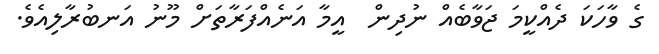
ގެ ވާހަކަ ދެއްކީމަ ޖަވާބެއް ނުދިން  އީމާ އަނެއްފަރާތަށް މޫނު އަނބުރާލިއެވެ.